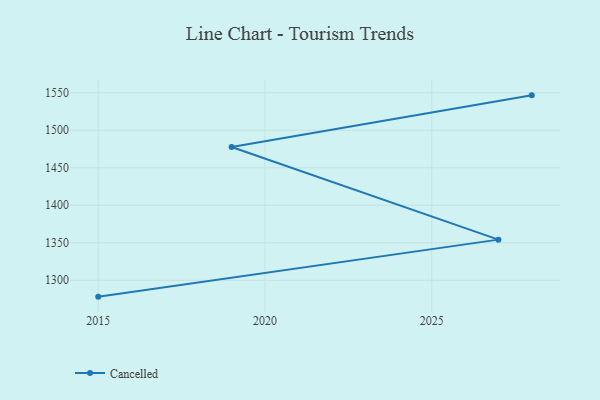
{"axis": {"x": "Year", "y": "Net Income (USD K)"}, "legend": ["Cancelled"], "data": [{"x": "2015", "y": 1278.2, "type": "Cancelled"}, {"x": "2027", "y": 1354.2, "type": "Cancelled"}, {"x": "2019", "y": 1477.7, "type": "Cancelled"}, {"x": "2028", "y": 1546.5, "type": "Cancelled"}]}